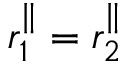
r _ { 1 } ^ { \parallel } = r _ { 2 } ^ { \parallel }